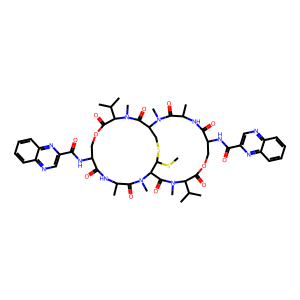
SMILES: CSC1SCC2C(=O)N(C)C(C(C)C)C(=O)OCC(NC(=O)c3cnc4ccccc4n3)C(=O)NC(C)C(=O)N(C)C1C(=O)N(C)C(C(C)C)C(=O)OCC(NC(=O)c1cnc3ccccc3n1)C(=O)NC(C)C(=O)N2C
Inhibits HIV replication: No